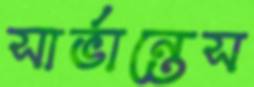
সার্ভান্তেস